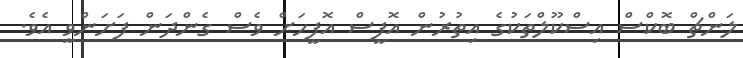
ލަންޗް ބޮކްސް އިސްކޫލްތަކުގެ އިތުރުން އޮފީސް އޮފީހަށް ވެސް ގެންދަން ފަށަންވީ އެވެ.